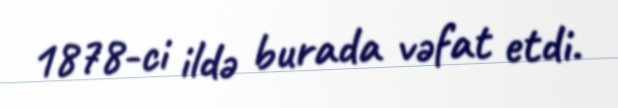
1878-ci ildə burada vəfat etdi.